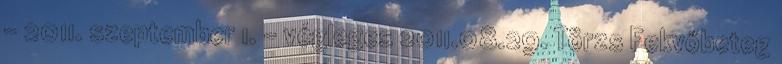
– 2011. szeptember 1. - végleges 2011.08.29. Törzs Fekvőbeteg